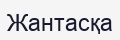
Жантасқа